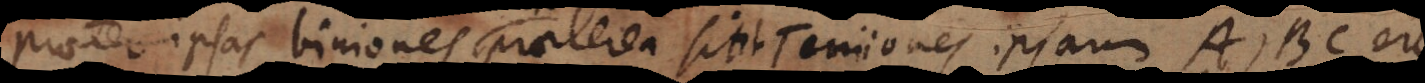
praeter ipsas biniones, praeterea sint Terniones ipsarum A, B, C